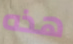
هذه